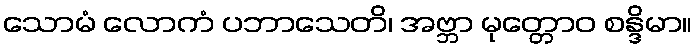
သောမံ လောကံ ပဘာသေတိ၊ အဗ္ဘာ မုတ္တောဝ စန္ဒိမာ။